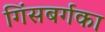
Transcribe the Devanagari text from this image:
गिंसबर्गका